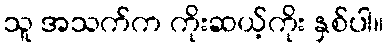
သူ အသက်က ကိုးဆယ့်ကိုး နှစ်ပါ။